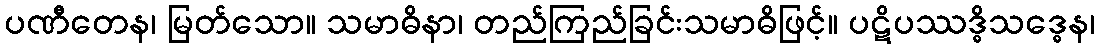
ပဏီတေန၊ မြတ်သော။ သမာဓိနာ၊ တည်ကြည်ခြင်းသမာဓိဖြင့်။ ပဋိပဿဒ္ဓိသဒ္ဓေန၊